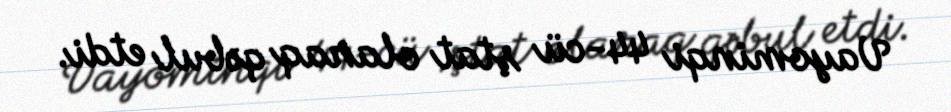
Vayominqi 44-cü ştat olaraq qəbul etdi.